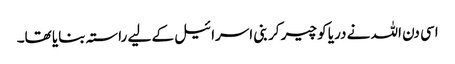
اسی دن اللہ نے دریا کو چیر کر بنی اسرائیل کے لیے راستہ بنایا تھا۔